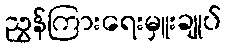
ညွှန်ကြားရေးမှူးချုပ်